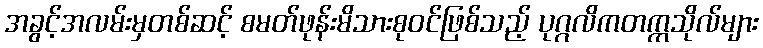
အခွင့်အလမ်းမှတစ်ဆင့် စမတ်ဖုန်းမိသားစုဝင်ဖြစ်သည့် ပုဂ္ဂလိကတက္ကသိုလ်များ